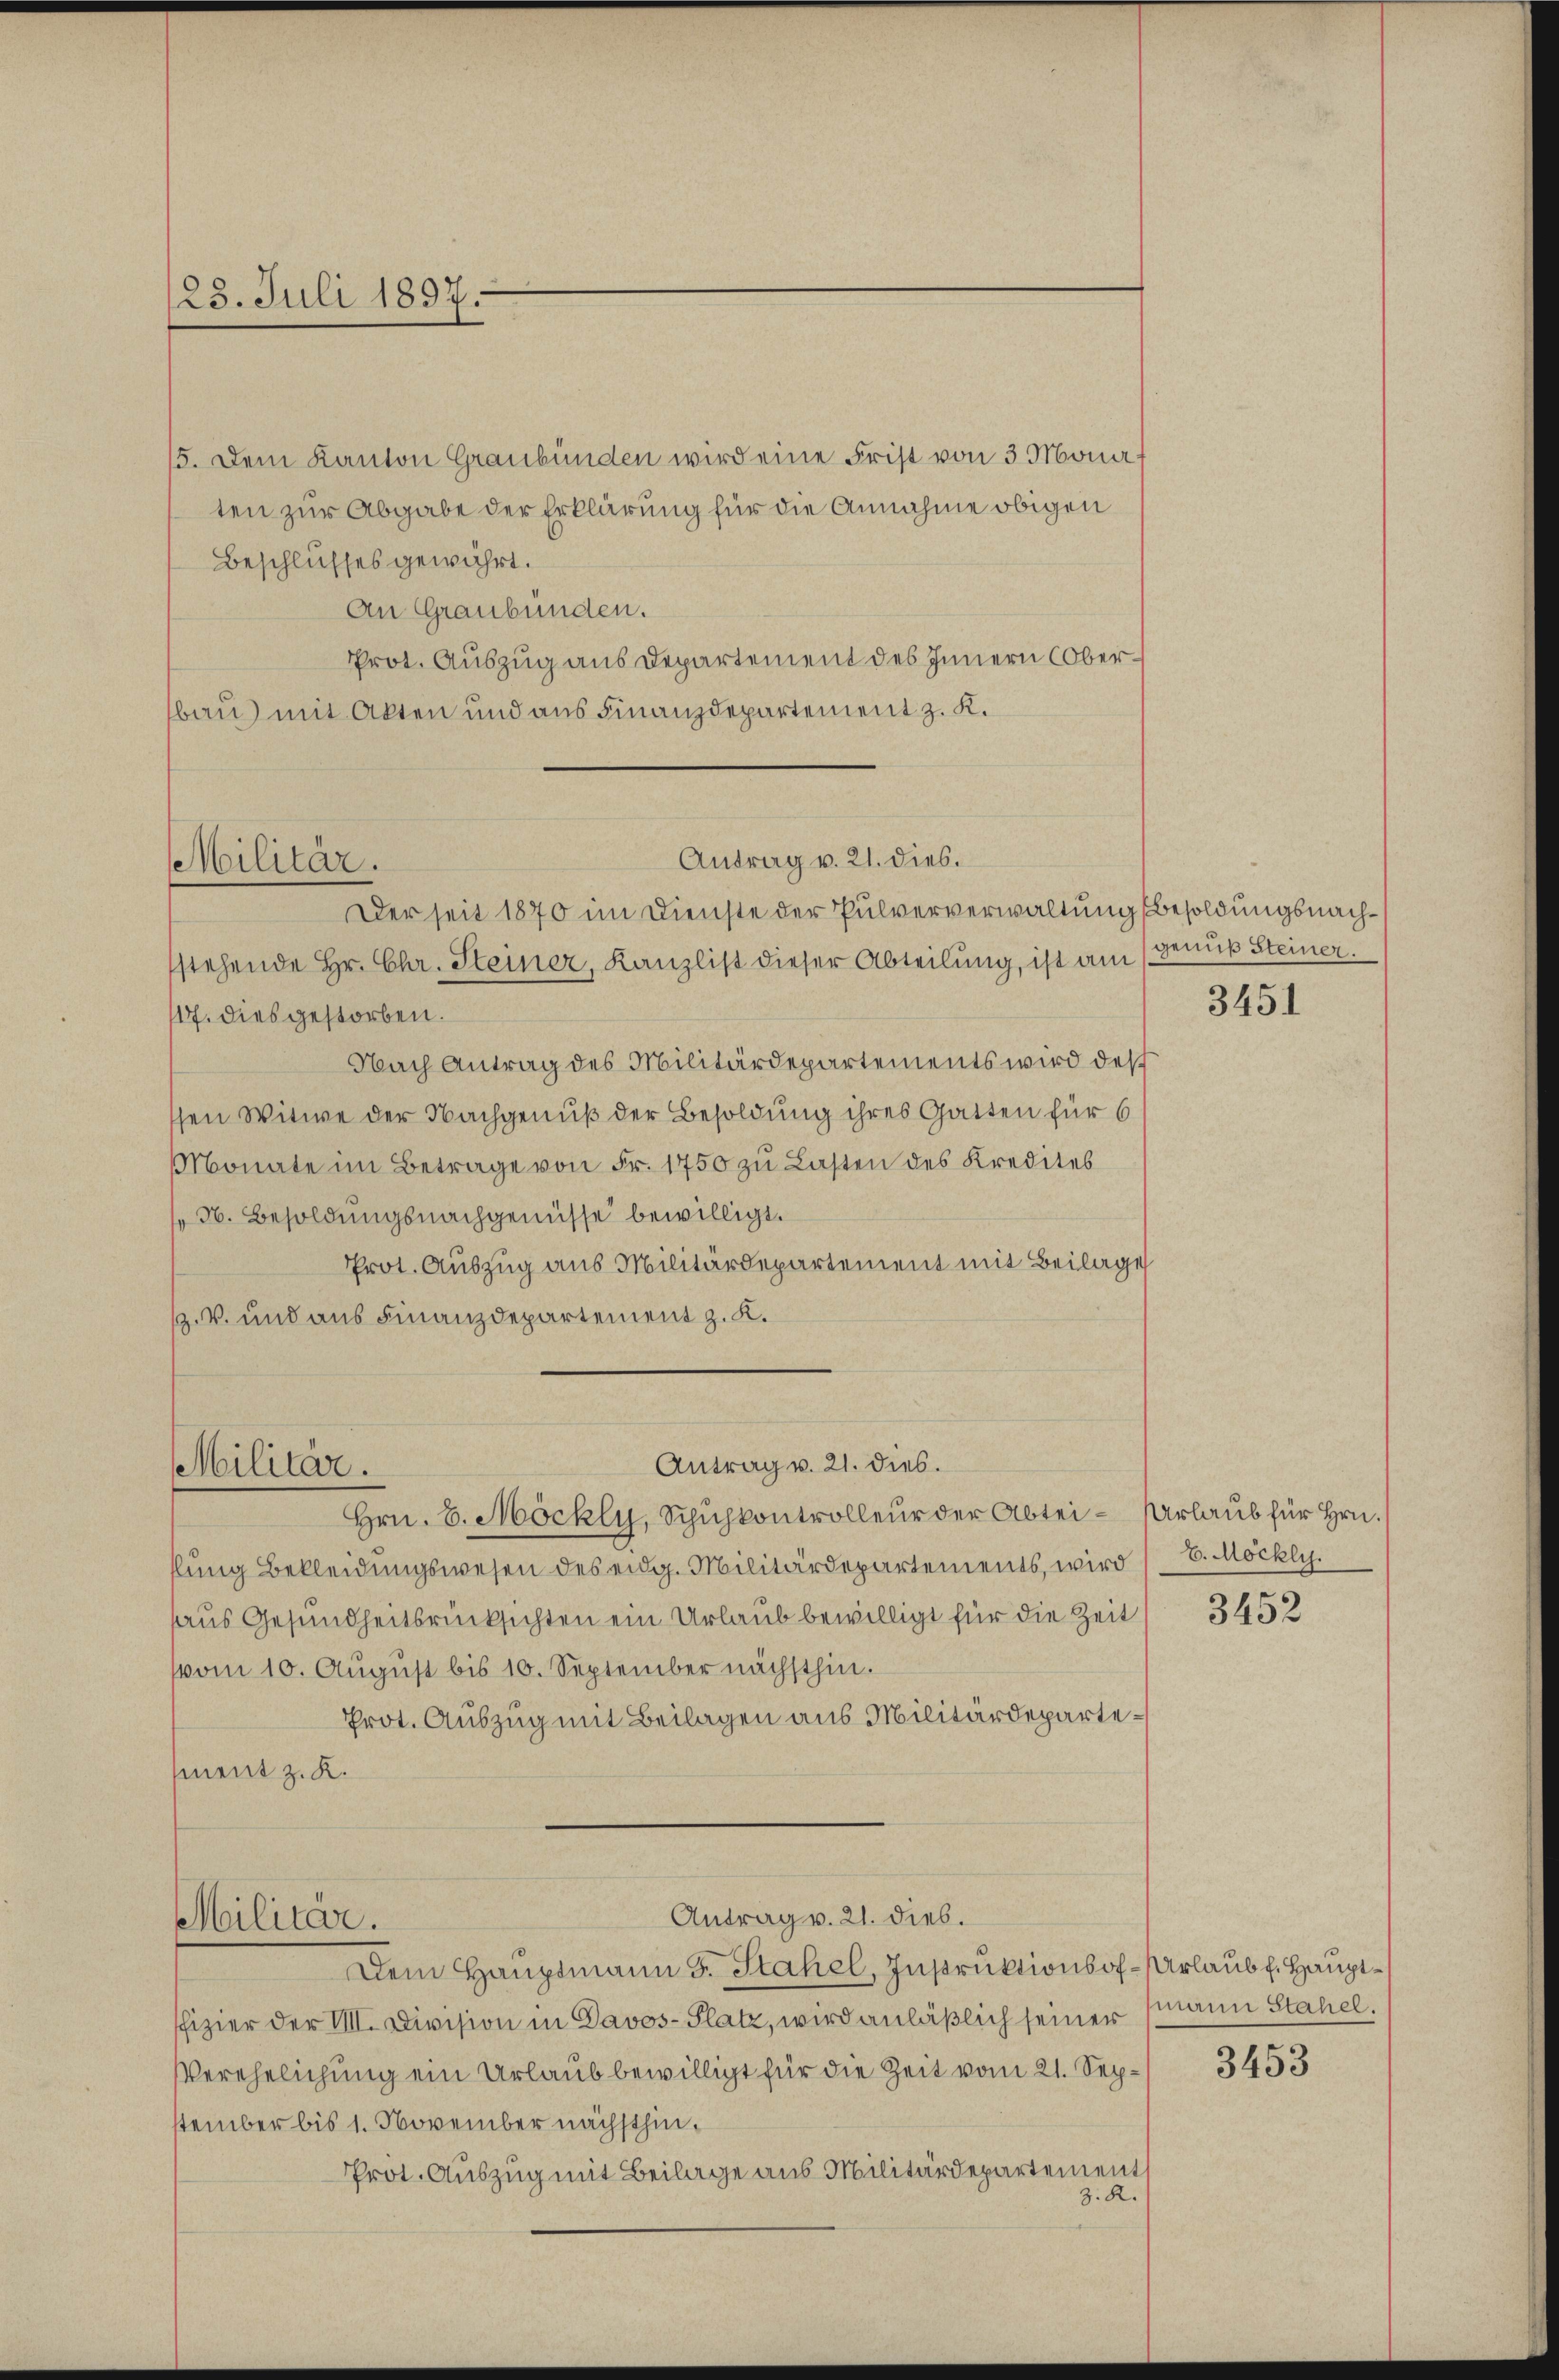
5. Dem Kanton Graubünden wird eine Frist von 3 Monat
ten zur Abgabe der Erklärung für die Annahme obigen
Beschlusses gewährt.
An Graubünden.
Prot. Auszug aus Departement des Innern Oberbau) mit Akten und aus Finanzdepartement z. K.

123. Juli 1897.

Der seit 1870 im Dienste der Pulververwaltung Besoldungsnachsstehende Hr. Chr. Steiner, Kanzlist dieser Abteilung, ist am genuß Steiner
17. dies gestorben.
Nach Antrag des Militärdepartements wird des
sen Witwe der Nachgenuß der Besoldung ihres Gatten für 6
Monate im Betrage von Fr. 1750 zu Lasten des Kredites
36. Besoldungsnachgenüsse bewilligt.
Prot. Auszug aus Militärdepartement mit Beilage
. V. und aus Finanzdepartement z. K.

Militär.

Antrag v. 21. dies.

hlung Bekleidungswesen des eidg. Militärdepartements, wird
haus Gesundheitsrücksichten ein Urlaub bewilligt für die Zeit
vom 10. August bis 10. September nächsthin.
Prot. Auszug mit Beilagen aus Militärdeparte¬
(ment z. K.

Antrag v. 21. dies.
Militär.
Hrn. E. Möckly, Schuhkontrolleur der Abtei - Urlaub für Hrn.

Antrag v. 21. dieb.
Militär.

Dem Hauptmann J. Stahel, Instruktionsof- Urlaub f. Hauptffizier der VIII. Division in Davos- Platz, wird anläßlich seiner Mann Stahel.
Verehelichung ein Urlaub bewilligt für die Zeit vom 21. Sepstember bis 1. November nächsthin¬
Prot. Auszug mit Beilage aus Militärdepartement
z. R.

3451

E. Möckli

3452

3453